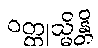
ဝတ္ထုသ္မိန္တိ